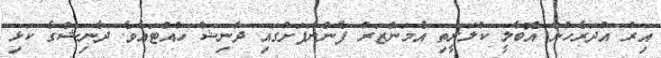
އިރު އުދަރެހުން އޮބާލީ ކުލަރީތި އެމަންޒަރު ފެންނަފަށުގައި ދާނިޝް ހުއްޓަައެވެ. ދާނިޝްގެ ކަޅި